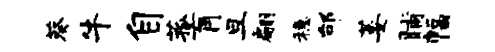
葵牛自菰肓旦翩稳邰萎晡幅